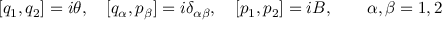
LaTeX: [ q _ { 1 } , q _ { 2 } ] = i \theta , \quad [ { q } _ { \alpha } , { p } _ { \beta } ] = i \delta _ { \alpha \beta } , \quad [ p _ { 1 } , p _ { 2 } ] = i B , \quad \quad \alpha , \beta = 1 , 2